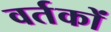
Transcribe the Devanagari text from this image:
वर्तकों